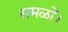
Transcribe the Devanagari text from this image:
समळों।